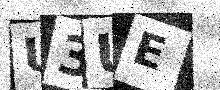
Text: U3UE